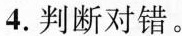
4.判断对错。